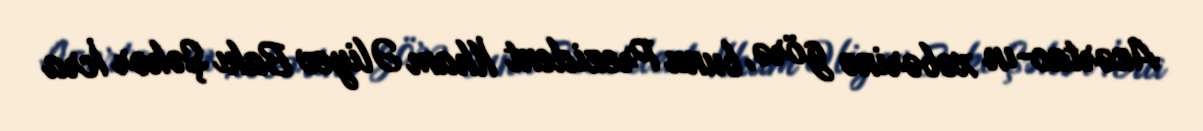
Azərtac-ın xəbərinə görə, bunu Prezident İlham Əliyev Bakı Şəhər İcra